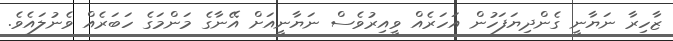
ޒާހިރާ ނަޔާނީ ގެންދިޔަފަހުން އަހަރެއް ވީއިރުވެސް ނަޔާނީއަށް އޭނާގެ މަންމަގެ ހަބަރެއް ވެނުލައެވެ.